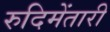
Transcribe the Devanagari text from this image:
रुदिमेंतारी